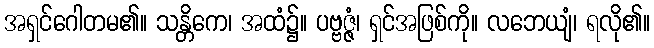
အရှင်ဂေါတမ၏။ သန္တိကေ၊ အထံ၌။ ပဗ္ဗဇ္ဇံ၊ ရှင်အဖြစ်ကို။ လဘေယျံ၊ ရလို၏။